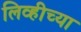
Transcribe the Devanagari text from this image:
लिव्हीच्या